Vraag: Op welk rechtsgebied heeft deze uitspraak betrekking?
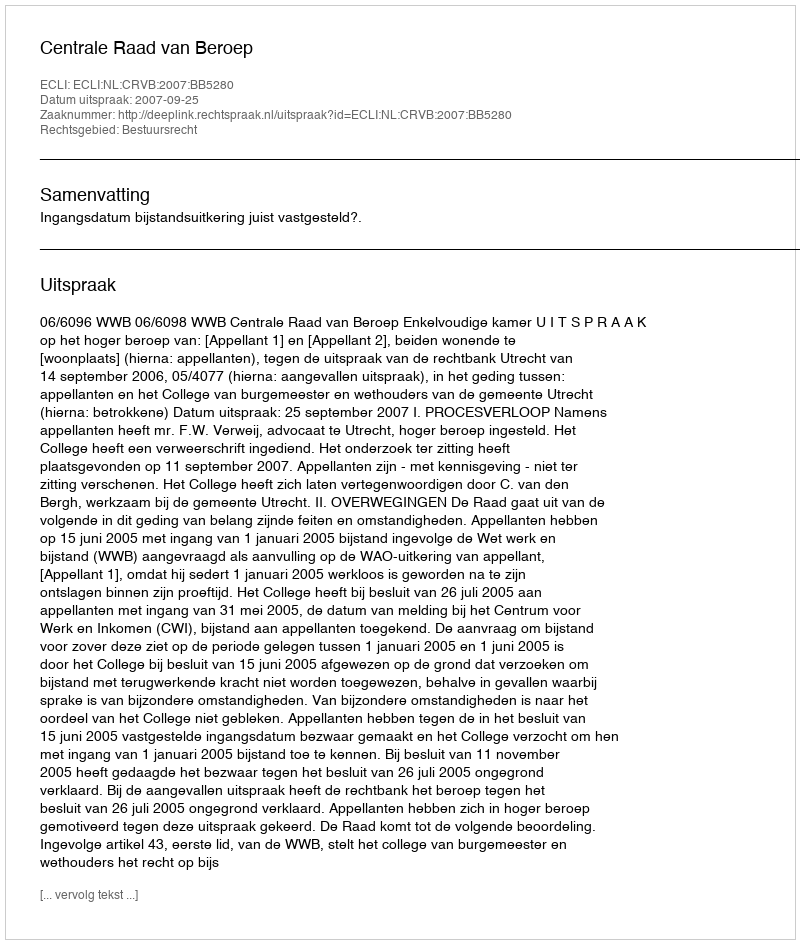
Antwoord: Bestuursrecht